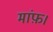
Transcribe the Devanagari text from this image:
मांफ़।